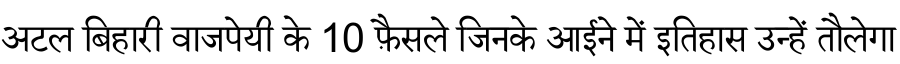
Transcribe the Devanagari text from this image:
अटल बिहारी वाजपेयी के 10 फ़ैसले जिनके आईने में इतिहास उन्हें तौलेगा